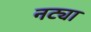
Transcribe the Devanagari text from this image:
नट्या